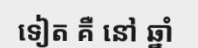
ទៀត គឺ នៅ ឆ្នាំ